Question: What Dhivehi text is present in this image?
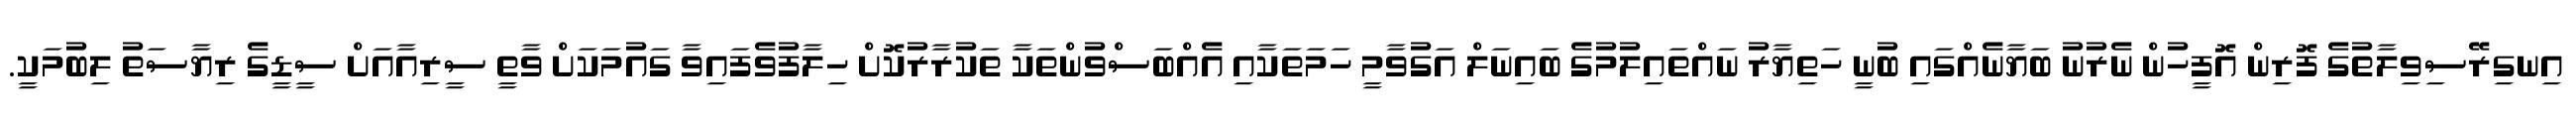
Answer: އިނގިރޭސިވިލާތުގެ ފޮރިން އޮފީހުން ނެރުނު ބަޔާނެއްގައި ބުނީ ހަތިޔާރު ނައްތައިލުމުގެ ބައިނަލް އަގުވާމީ ހަމަތަކާއި އެއްބަސްވުންތަކާ ތަކުރާރުކޮށް ހިލާފުވެފައިވާ ގައުމަކަށް ވާތީ ސީރިއާއަށް ސީޑީގެ ރިޔާސަތު ލިބުމަކީ.